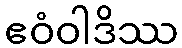
ဧဝံဝါဒိဿ